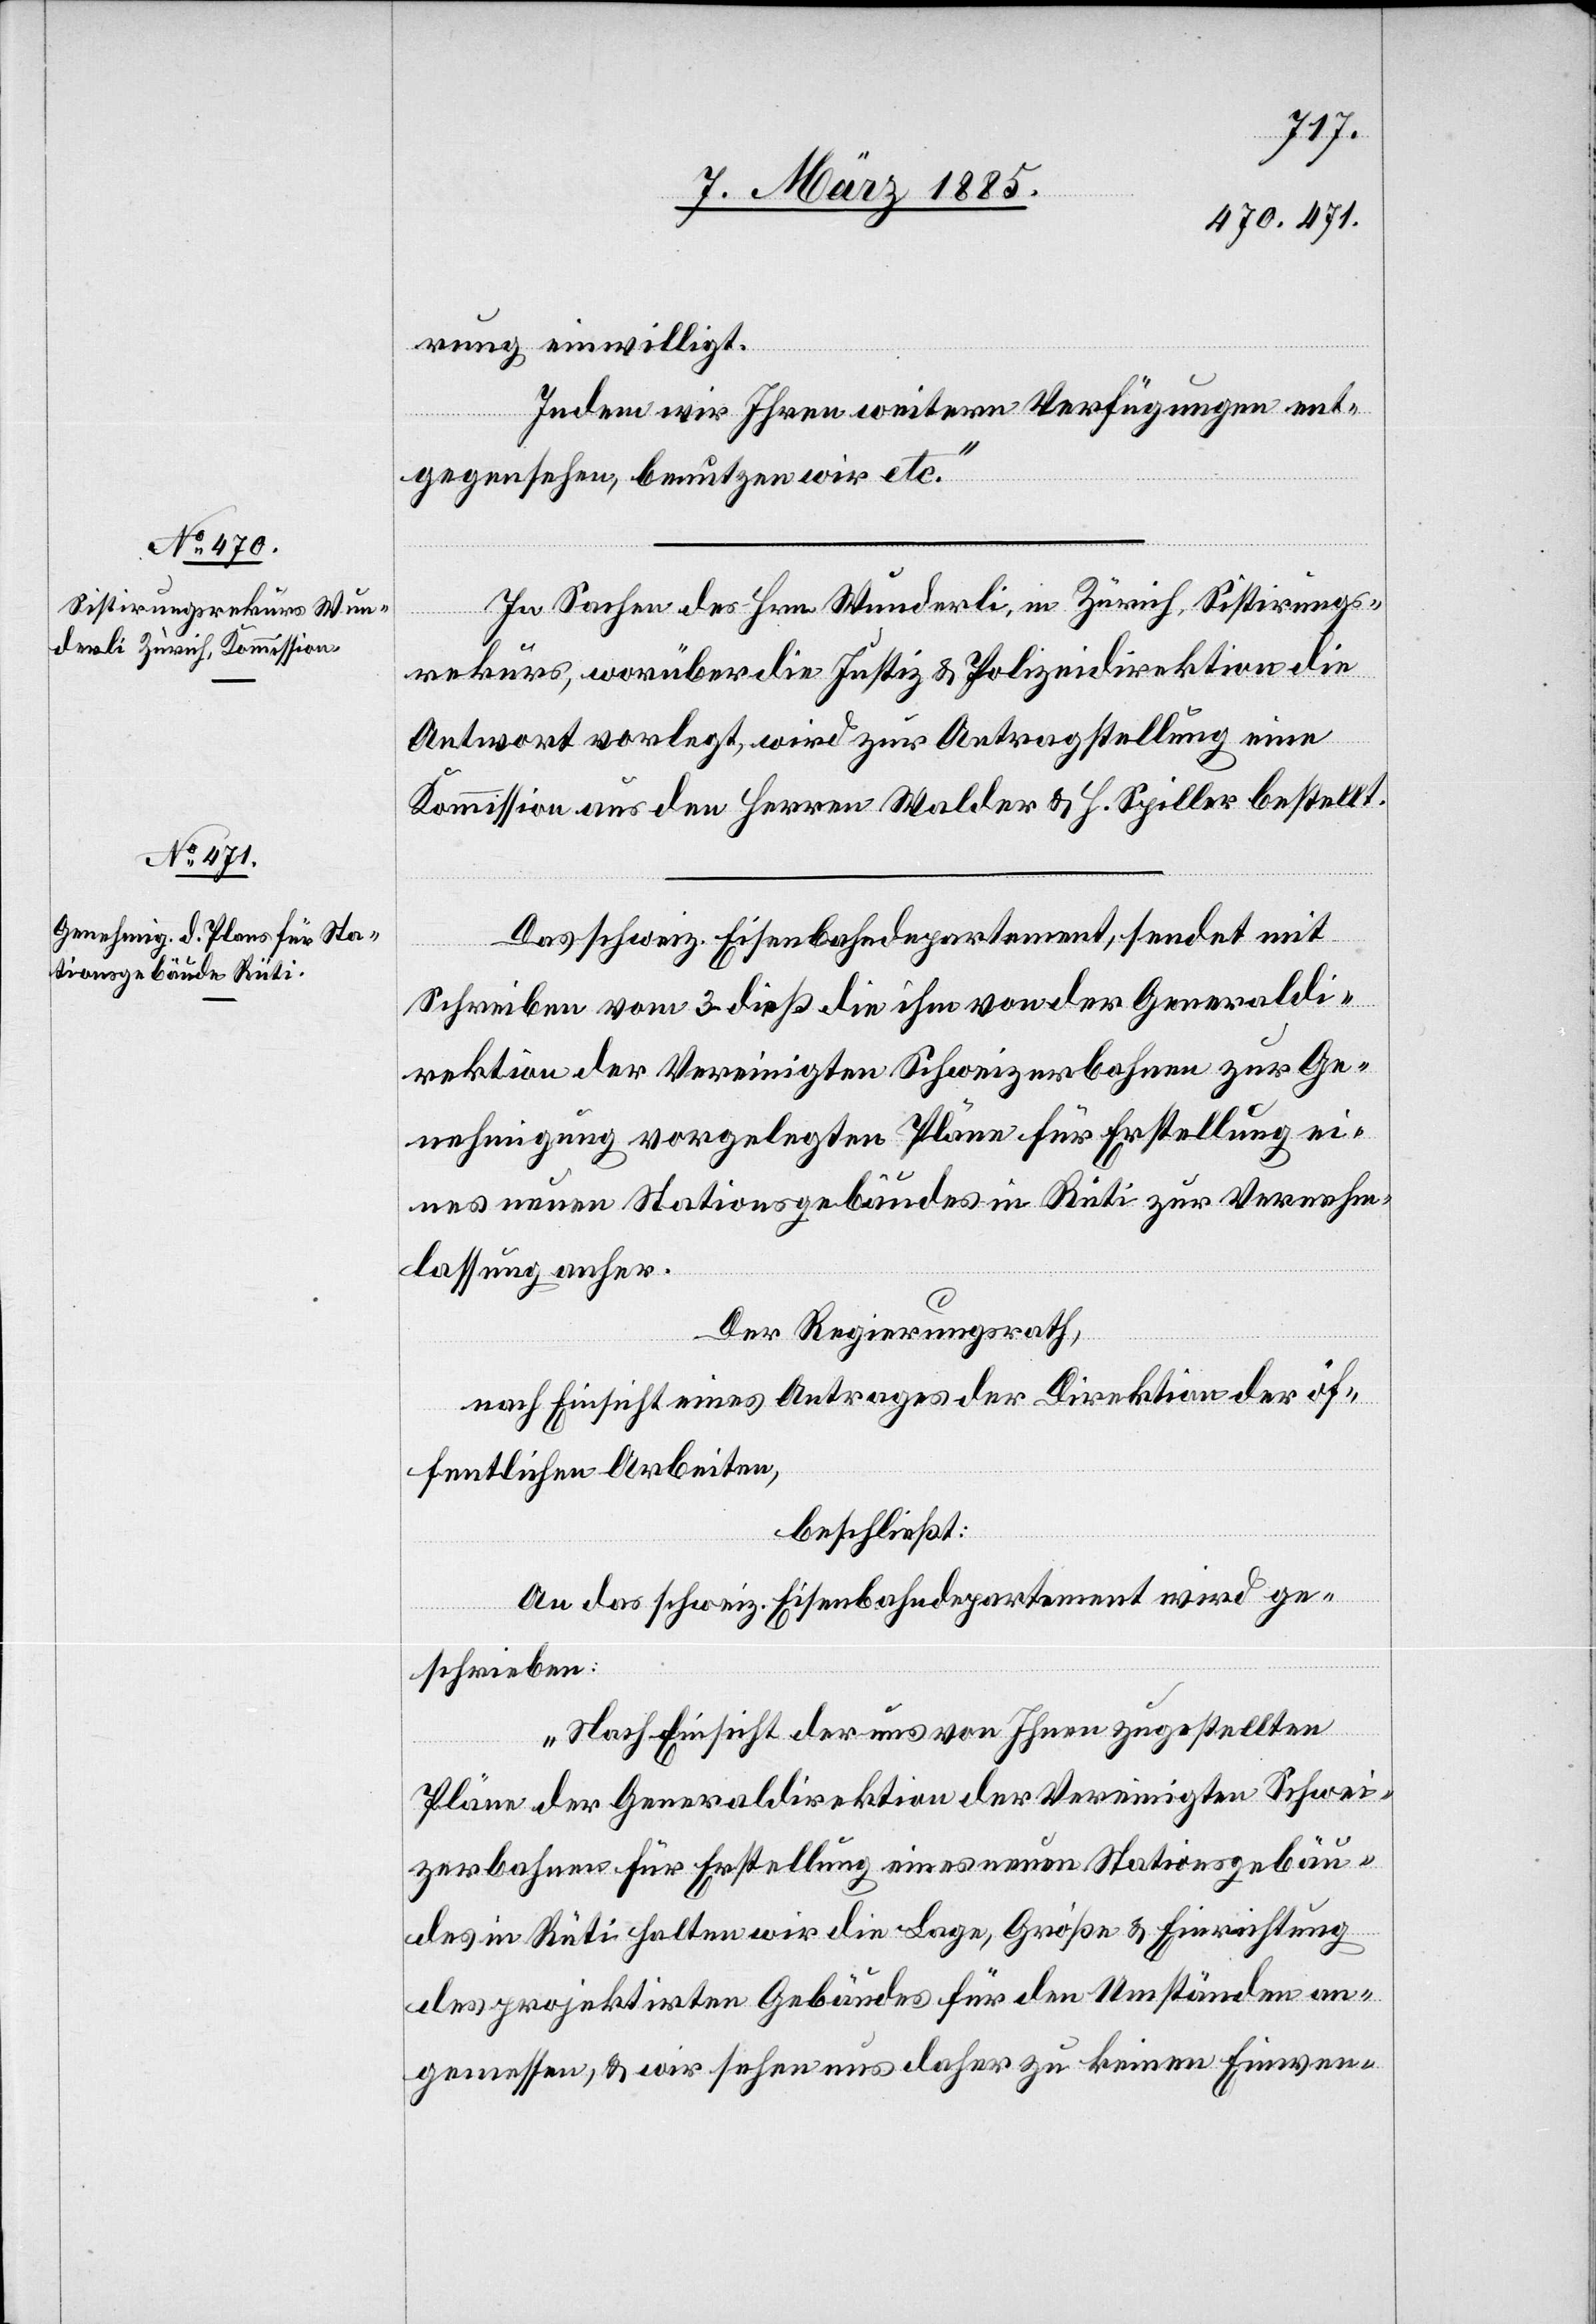
rung einwilligt.
Indem wir Ihren weitern Verfügungen ent¬
gegensehen, benutzen wir etc.“
In Sachen des Hrn. Wunderli, in Zürich, Sistirungs¬
rekurs, worüber die Justiz- & Polizeidirektion die
Antwort vorlegt, wird zur Antragstellung eine
Kommission aus den Herren Walder & H. Spiller bestellt.
Das schweiz. Eisenbahndepartement, sendet mit
Schreiben vom 3. dieß die ihm von der Generaldi¬
rektion der Vereinigten Schweizerbahnen zur Ge¬
nehmigung vorgelegten Pläne für Erstellung ei¬
nes neuen Stationsgebäudes in Rüti zur Vernehm¬
lassung anher.
Der Regierungsrath,
nach Einsicht eines Antrages der Direktion der öf¬
fentlichen Arbeiten,
beschließt:
An das schweiz. Eisenbahndepartement wird ge¬
schrieben:
„Nach Einsicht der uns von Ihnen zugestellten
Pläne der Generaldirektion der Vereinigten Schwei¬
zerbahnen für Erstellung eines neuen Stationsgebäu¬
des in Rüti halten wir die Lage, Größe & Einrichtung
des projektirten Gebäudes für den Umständen an¬
gemessen, & wir sehen uns daher zu keinen Einwen-